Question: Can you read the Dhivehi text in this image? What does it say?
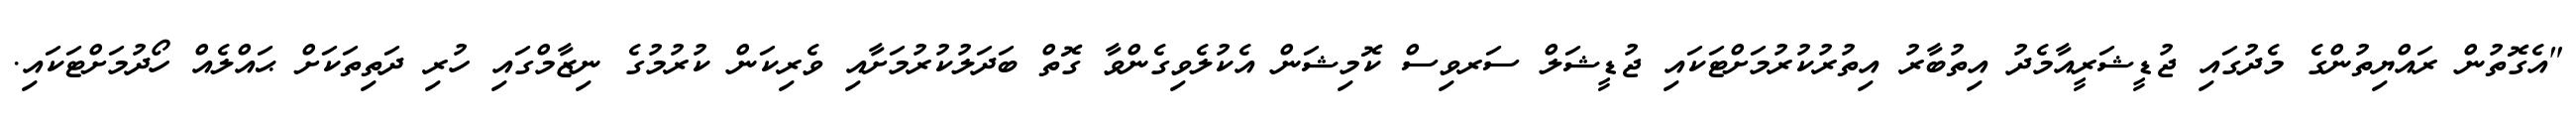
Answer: "އެގޮތުން ރައްޔިތުންގެ މެދުގައި ޖުޑީޝަރީއާމެދު އިތުބާރު އިތުރުކުރުމަށްޓަކައި ޖުޑީޝަލް ސަރވިސް ކޮމިޝަން އެކުލެވިގެންވާ ގޮތް ބަދަލުކުރުމަށާއި ވެރިކަން ކުރުމުގެ ނިޒާމްގައި ހުރި ދަތިތަކަށް ޙައްލެއް ހޯދުމަށްޓަކައި.